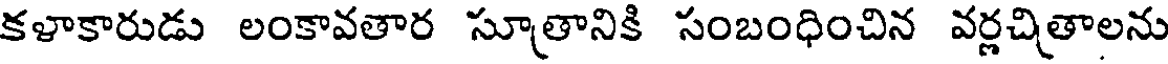
కళాకారుడు లంకావతార సూతానికి సంబంధించిన వర్లచితాలను